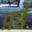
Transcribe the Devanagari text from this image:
प़डे